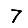
Digit: 7